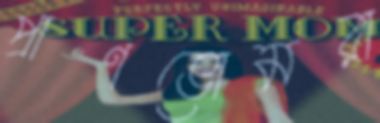
প্রাণভোমরা